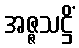
အဇ္ဇသဋ္ဌိံ